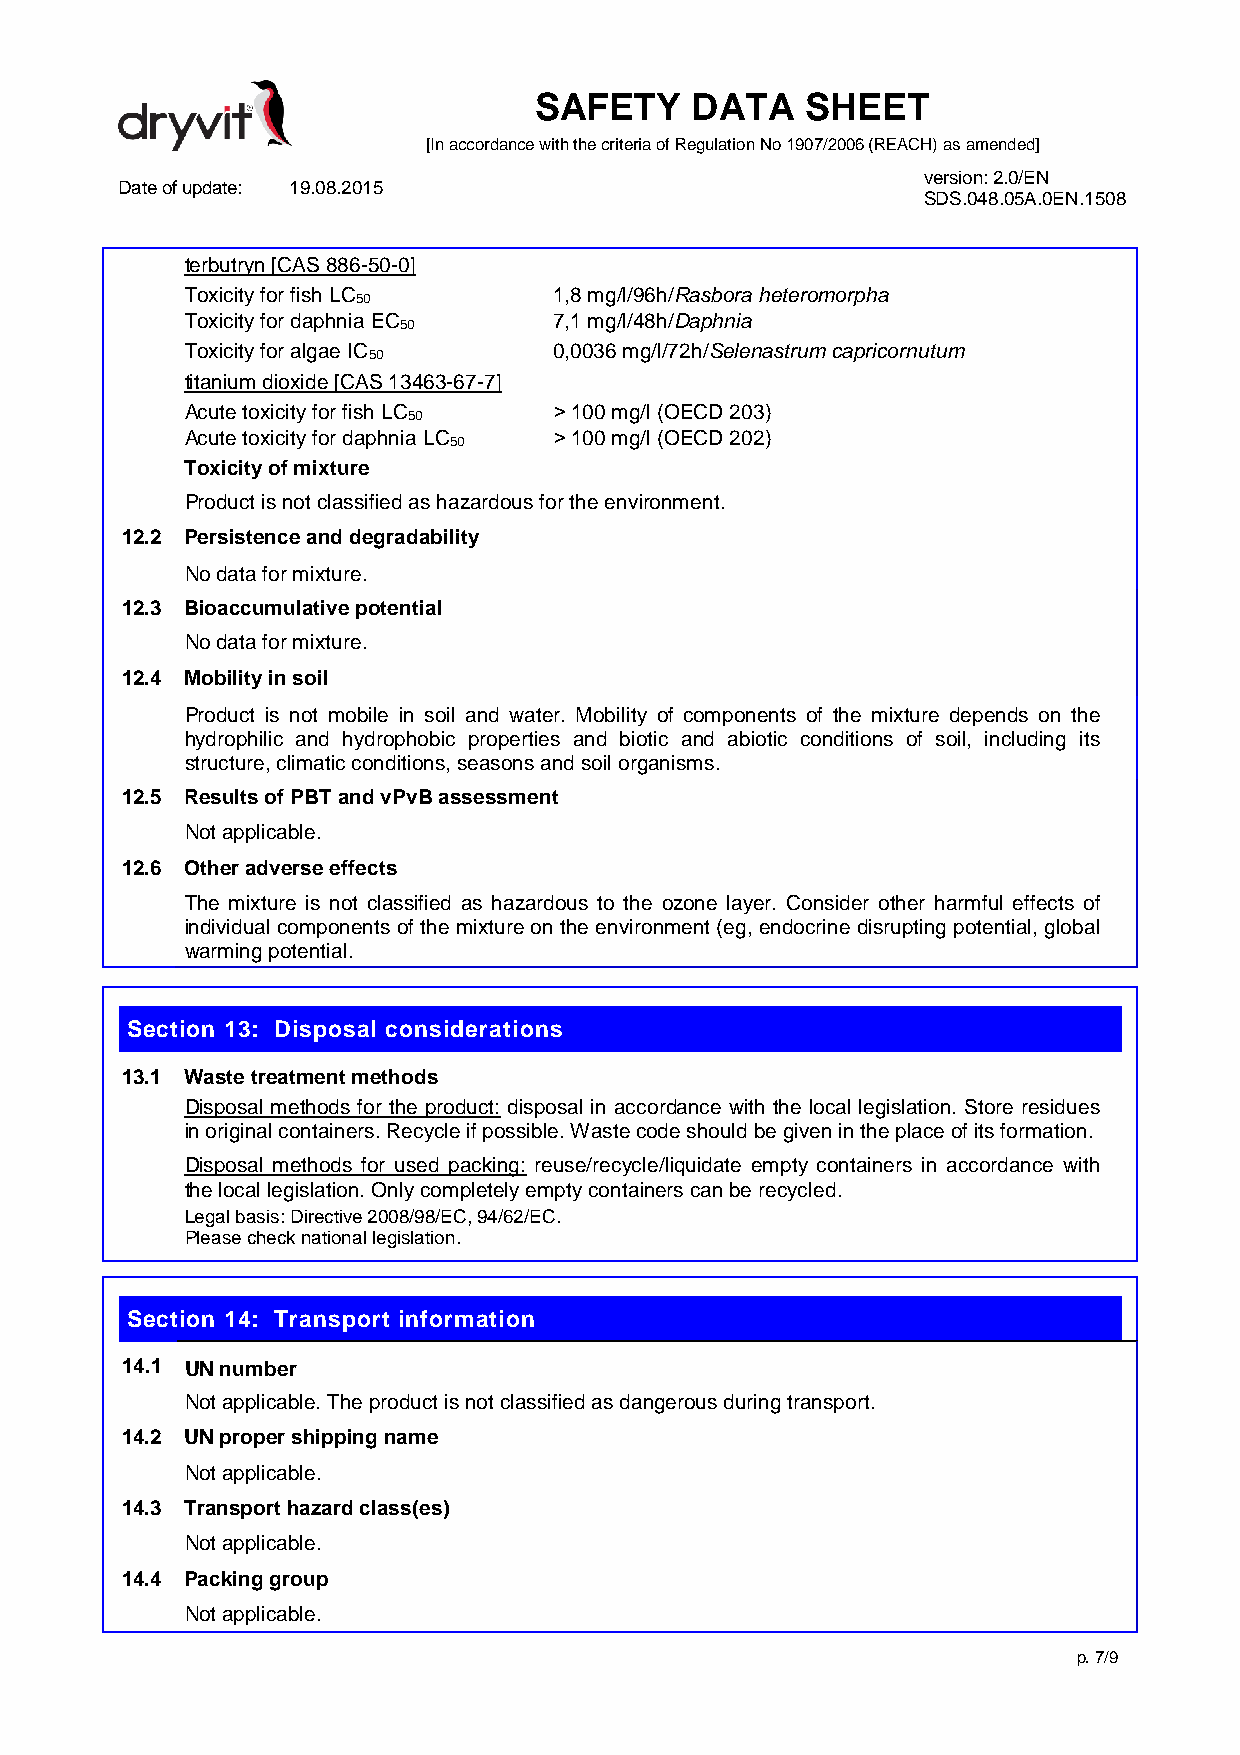
SAFETY     DATA   SHEET
 [In accordance with the criteria of Regulation No 1907/2006 (REACH) as amended]
 version: 2.0/EN
 Date of update: 19.08.2015
 SDS.048.05A.0EN.1508
 terbutryn [CAS 886-50-0]
 Toxicity for fish LC     1,8 mg/l/96h/Rasbora heteromorpha
 50
 Toxicity for daphnia EC  7,1 mg/l/48h/Daphnia
 50
 Toxicity for algae IC    0,0036 mg/l/72h/Selenastrum capricornutum
 50
 titanium dioxide [CAS 13463-67-7]
 Acute toxicity for fish LC ˃ 100 mg/l (OECD 203)
 50
 Acute toxicity for daphnia LC ˃ 100 mg/l (OECD 202)
 50
 Toxicity of mixture
 Product is not classified as hazardous for the environment.
 12.2 Persistence and degradability
 No data for mixture.
 12.3 Bioaccumulative potential
 No data for mixture.
 12.4 Mobility in soil
 Product is not mobile in soil and water. Mobility of components of the mixture depends on the
 hydrophilic and hydrophobic properties and biotic and abiotic conditions of soil, including its
 structure, climatic conditions, seasons and soil organisms.
 12.5 Results of PBT and vPvB assessment
 Not applicable.
 12.6 Other adverse effects
 The mixture is not classified as hazardous to the ozone layer. Consider other harmful effects of
 individual components of the mixture on the environment (eg, endocrine disrupting potential, global
 warming potential.
 Section 13: Disposal considerations
 13.1 Waste treatment methods
 Disposal methods for the product: disposal in accordance with the local legislation. Store residues
 in original containers. Recycle if possible. Waste code should be given in the place of its formation.
 Disposal methods for used packing: reuse/recycle/liquidate empty containers in accordance with
 the local legislation. Only completely empty containers can be recycled.
 Legal basis: Directive 2008/98/EC, 94/62/EC.
 Please check national legislation.
 Section 14: Transport information
 14.1 UN number
 Not applicable. The product is not classified as dangerous during transport.
 14.2 UN proper shipping name
 Not applicable.
 14.3 Transport hazard class(es)
 Not applicable.
 14.4 Packing group
 Not applicable.
 p. 7/9